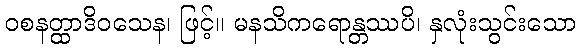
ဝစနတ္ထာဒိဝသေန၊ ဖြင့်။ မနသိကရောန္တဿပိ၊ နှလုံးသွင်းသော